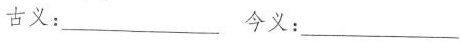
古义：___今义：___